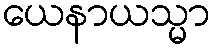
ယေနာယသ္မာ